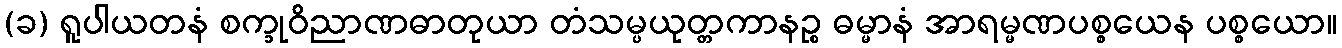
(ခ) ရူပါယတနံ စက္ခုဝိညာဏဓာတုယာ တံသမ္ပယုတ္တကာနဉ္စ ဓမ္မာနံ အာရမ္မဏပစ္စယေန ပစ္စယော။